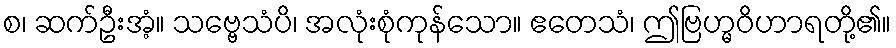
စ၊ ဆက်ဦးအံ့။ သဗ္ဗေသံပိ၊ အလုံးစုံကုန်သော။ ဧတေသံ၊ ဤဗြဟ္မဝိဟာရတို့၏။